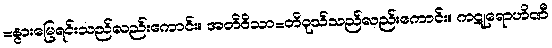
=နွားမြေရင်းသည်လည်းကောင်း။ အတိဝိသာ=တိဝုသ်သည်လည်းကောင်း။ ကဋုရောဟိဏီ